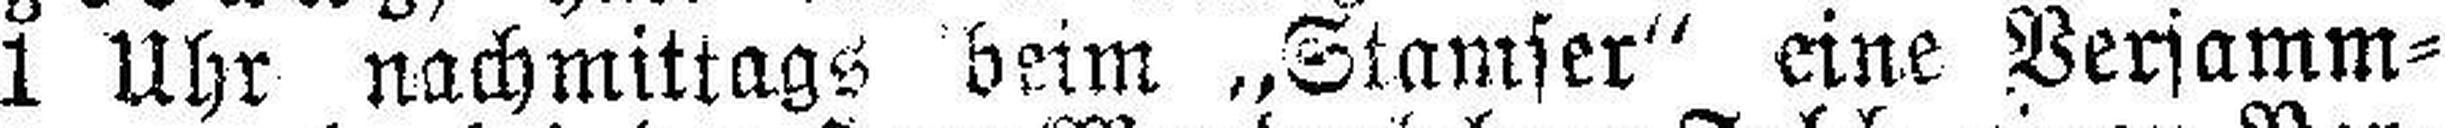
1 Uhr nachmittags beim „Stamser“ eine Versamm¬